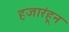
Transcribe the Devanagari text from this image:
हजारंहून